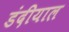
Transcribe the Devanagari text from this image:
डंदीयाल